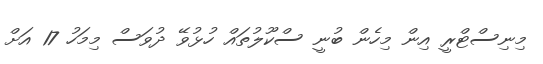
މިނިސްޓްރީ އިން މިހެން ބުނީ ސްކޫލުތައް ހުޅުވޭ ދުވަސް މިމަހު 17 އަށް